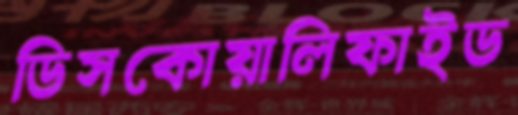
ডিসকোয়ালিফাইড